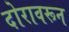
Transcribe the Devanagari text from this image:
दोरावरून